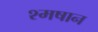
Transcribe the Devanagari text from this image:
श्मषान